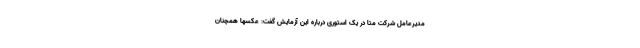
مدیرعامل شرکت مِتا در یک استوری درباره این آزمایش گفت: عکسها همچنان